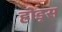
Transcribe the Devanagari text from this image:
ह्रोड्स